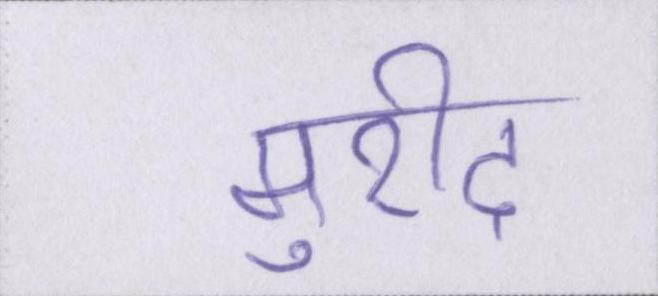
मुरीद